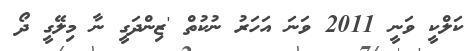
ކަލްކީ ވަނީ 2011 ވަނަ އަހަރު ނުކުތް 'ޒިންދަގީ ނާ މިލޭގީ ދޯ